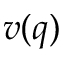
v ( q )